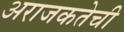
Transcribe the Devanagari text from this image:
अराजकतेची